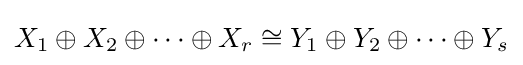
X_{1}\oplus X_{2}\oplus \cdots \oplus X_{r}\cong Y_{1}\oplus Y_{2}\oplus \cdots \oplus Y_{s}